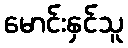
မောင်းနှင်သူ